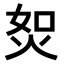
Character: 𤈟